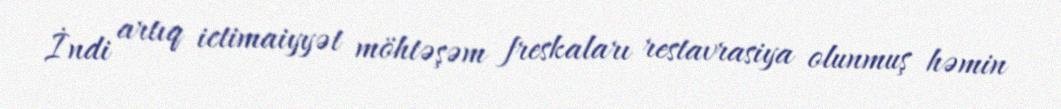
İndi artıq ictimaiyyət möhtəşəm freskaları restavrasiya olunmuş həmin